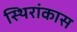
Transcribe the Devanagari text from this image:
स्थिरांकास